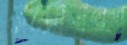
রেক্সোনালুণ